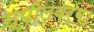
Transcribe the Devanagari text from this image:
स्पीलबर्ग।